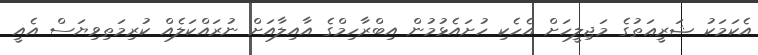
އެކަމަކު ޝަރީޢަތުގެ މަޖިލީހަށް އެހެކި ހުށައެޅުމުން އިބްރާހިމްގެ އާއިލާއަށް ނުރައްކަލެއް ކުރިމަތިވިޔަސް އެއީ